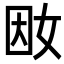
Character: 𡜭